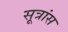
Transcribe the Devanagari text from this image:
सूत्रांस